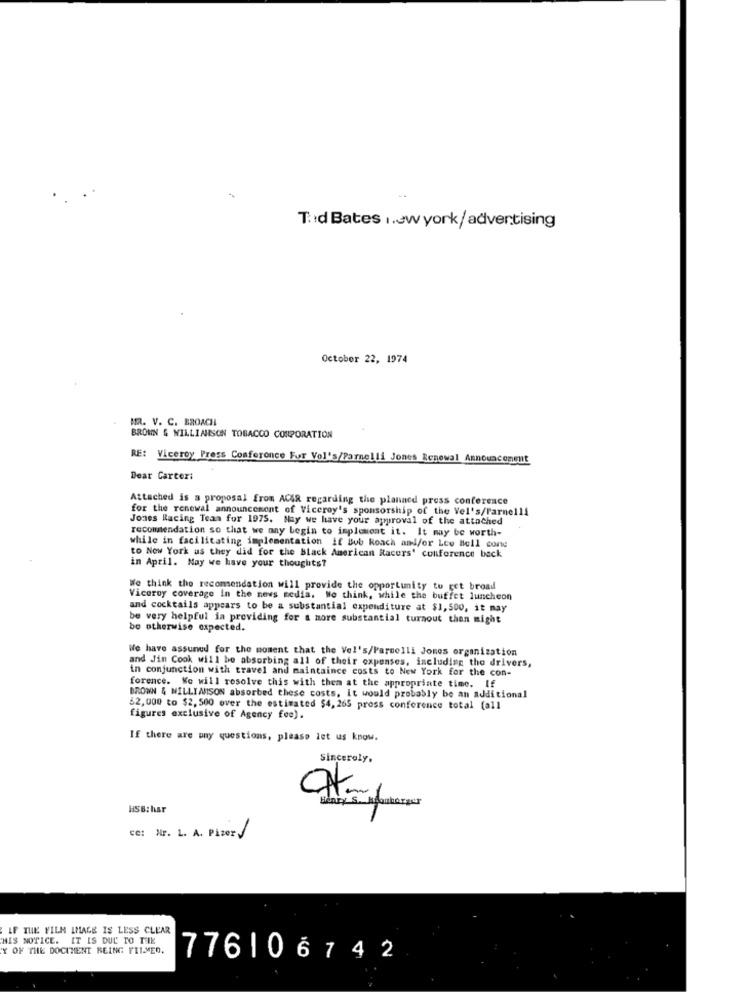
T:d Bates new york/ advertising
October 22, 1974
MR. V. C. BROACH
BROWN 4 WILLIAMSON TOBACCO CORPORATION
RE: Viceroy Press Comforonce For Vol's/Parnelli Jones Renewal Announcement
Dear Carceri
Attached is a proposal from ACAR regarding the planned press conference
for the renewal announcement of Viceroy's sponsorship of the Vel's/Parnelli
Jones Racing Team for 1975. Nay we have your approval of the attached
recommendation so that we may begin to implement it. It may be worth-
while in facilitating implementation if Bob koach and/or Lce Boll cone
to New York as they did for the black American Racers' conference back
in April. May we have your thoughts?
We think the recommendation will provide the opportunity to get broad
Viceroy coverage In the news media. We think, while the buffet luncheon
and cocktails appears to be a substantial expenditure at $1,500, it may
be very helpful in providing for a more substantial turnout then might
be otherwise expected.
We have assuned for the moment that the Vel's/Parnelli Jones organization
and Jin Cook will be absorbing all of their expenses, including the drivers,
in conjunction with travel and maintaince costs to New York for the con-
forence. We will resolve this with then at the appropriate time. If
BROWN & WILLIAMSON absorbed these costs, It would probably be an additional
62,000 to $2, 500 over the estimated $4, 265 pross conference total (all
figures exclusive of Agency fee).
If there are any questions, please let us know.
Sincerely.
HSB:har
ce: Nr. L. A. PizerJ
IF THE FILM IMAGE IS LESS CLEAR
"MIS NOTICE. IT IS DUL TO TEIK
'Y OF THE DOCUMENT BEING FILMED.
776106742